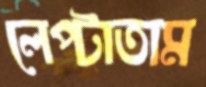
লেপ্‌টাতাম